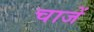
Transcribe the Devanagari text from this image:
चाजें